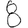
Digit: 8